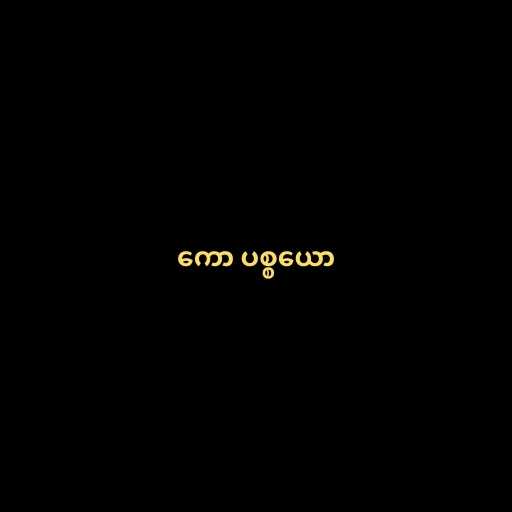
ကော ပစ္စယော